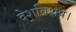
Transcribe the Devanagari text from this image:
देशविशेष।